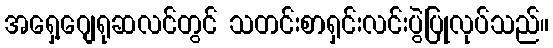
အရှေ့ဂျေရုဆလင်တွင် သတင်းစာရှင်းလင်းပွဲပြုလုပ်သည်။